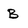
Character: B